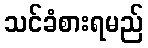
သင်ခံစားရမည်